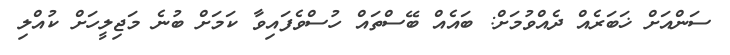
ސަންއަށް ޚަބަރެއް ދެއްވުމަށް: ބައެއް ބޭސްތައް ހުސްވެފައިވާ ކަމަށް ބުނެ މަޖިލީހަށް ކުއްލި